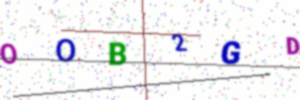
Text: OOB2GD